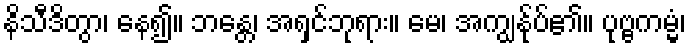
နိသီဒိတွာ၊ နေ၍။ ဘန္တေ၊ အရှင်ဘုရား။ မေ၊ အကျွန်ုပ်၏။ ပုဗ္ဗကမ္မံ၊